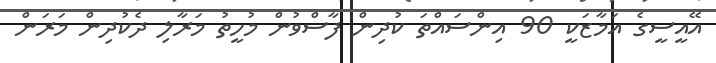
އޭއީސީގެ އަމާޒަކީ 90 އިންސައްތަ ކުދިން ފާސްވުން މުހީތު މަރާލި ދެކުދިން މަރަން